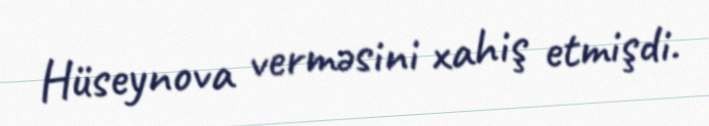
Hüseynova verməsini xahiş etmişdi.